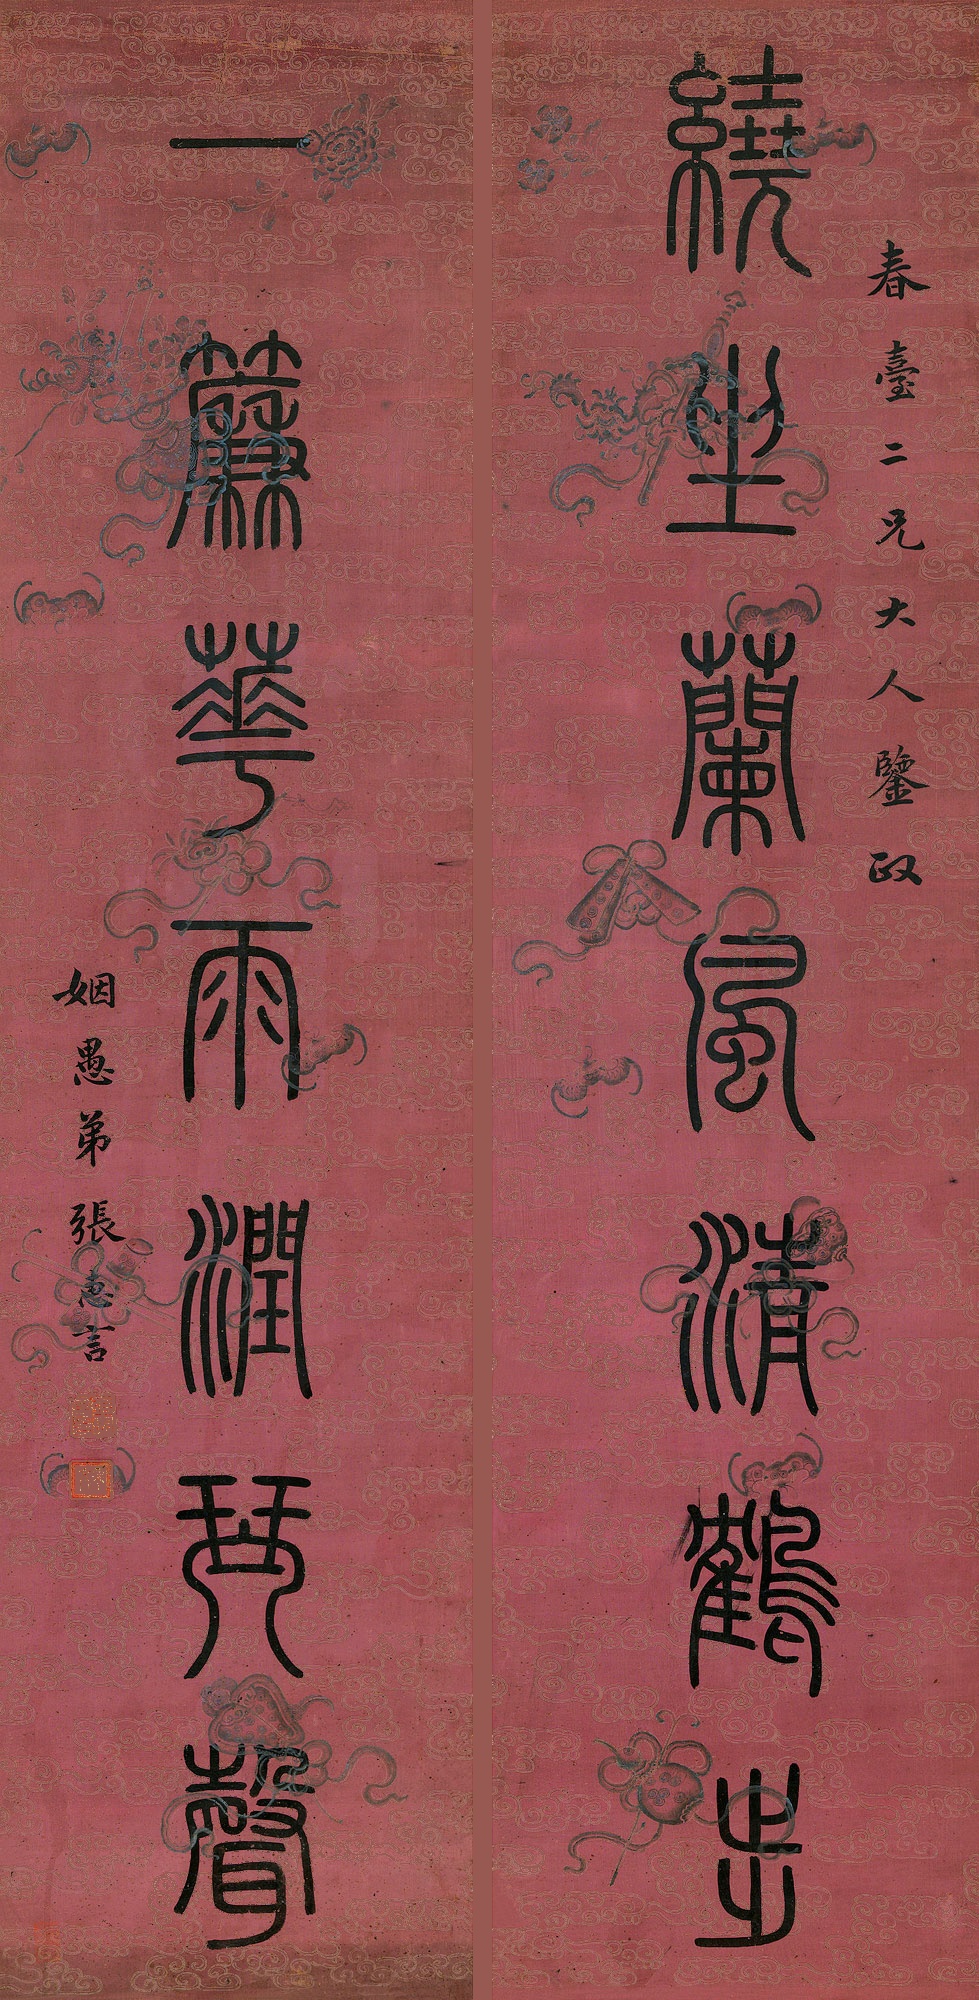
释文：绕坐兰风清鹤步，一帘花雨润琴声。春台二兄大人鉴政。姻愚弟张惠言。